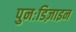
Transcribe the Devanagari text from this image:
पुनःडिज़ाइन